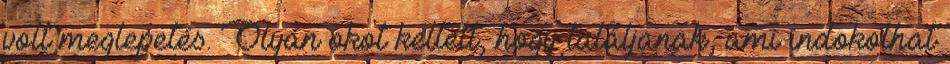
volt meglepetés. Olyan okot kellett, hogy találjanak, ami indokolhat